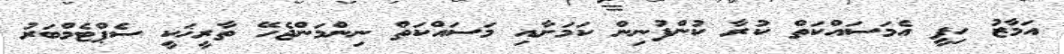
އަމާޒު ހިފީ އެމަސައްކަތް ކުރާ ކުންފުނިން ކަމަށާއި މަސައްކަތް ނިންމަންޖެހޭ ތާރީޚަކީ ސެޕްޓެމްބަރު